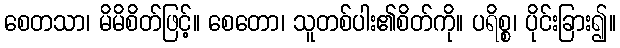
စေတသာ၊ မိမိစိတ်ဖြင့်။ စေတော၊ သူတစ်ပါး၏စိတ်ကို။ ပရိစ္စ၊ ပိုင်းခြား၍။